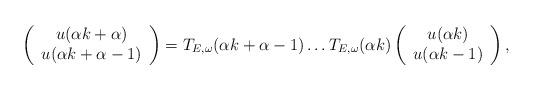
LaTeX: \begin{align*}\left(\begin{array}{c}u(\alpha k+\alpha)\\u(\alpha k+\alpha-1)\end{array}\right)=T_{E,\omega}(\alpha k+\alpha-1)\dots T_{E,\omega}(\alpha k)\left(\begin{array}{c}u(\alpha k)\\ u(\alpha k-1)\end{array}\right),\end{align*}